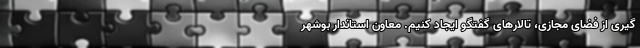
گیری از فضای مجازی، تالارهای گفتگو ایجاد کنیم. معاون استاندار بوشهر